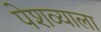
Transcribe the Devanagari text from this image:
पेशव्याला